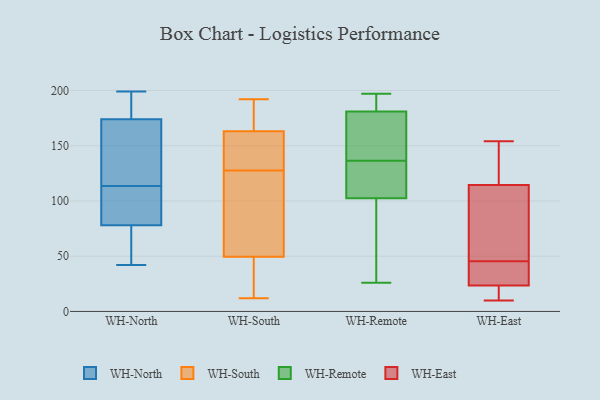
{"axis": {"x": "Churn Rate (%)", "y": "Value"}, "legend": ["WH-East", "WH-North", "WH-Remote", "WH-South"], "data": [{"x": "", "y": 116, "type": "WH-North"}, {"x": "", "y": 199, "type": "WH-North"}, {"x": "", "y": 196, "type": "WH-North"}, {"x": "", "y": 85, "type": "WH-North"}, {"x": "", "y": 111, "type": "WH-North"}, {"x": "", "y": 152, "type": "WH-North"}, {"x": "", "y": 197, "type": "WH-North"}, {"x": "", "y": 61, "type": "WH-North"}, {"x": "", "y": 82, "type": "WH-North"}, {"x": "", "y": 74, "type": "WH-North"}, {"x": "", "y": 147, "type": "WH-North"}, {"x": "", "y": 42, "type": "WH-North"}, {"x": "", "y": 106, "type": "WH-South"}, {"x": "", "y": 12, "type": "WH-South"}, {"x": "", "y": 183, "type": "WH-South"}, {"x": "", "y": 162, "type": "WH-South"}, {"x": "", "y": 124, "type": "WH-South"}, {"x": "", "y": 135, "type": "WH-South"}, {"x": "", "y": 131, "type": "WH-South"}, {"x": "", "y": 31, "type": "WH-South"}, {"x": "", "y": 105, "type": "WH-South"}, {"x": "", "y": 54, "type": "WH-South"}, {"x": "", "y": 121, "type": "WH-South"}, {"x": "", "y": 15, "type": "WH-South"}, {"x": "", "y": 188, "type": "WH-South"}, {"x": "", "y": 186, "type": "WH-South"}, {"x": "", "y": 146, "type": "WH-South"}, {"x": "", "y": 45, "type": "WH-South"}, {"x": "", "y": 192, "type": "WH-South"}, {"x": "", "y": 146, "type": "WH-South"}, {"x": "", "y": 23, "type": "WH-South"}, {"x": "", "y": 164, "type": "WH-South"}, {"x": "", "y": 26, "type": "WH-Remote"}, {"x": "", "y": 109, "type": "WH-Remote"}, {"x": "", "y": 142, "type": "WH-Remote"}, {"x": "", "y": 182, "type": "WH-Remote"}, {"x": "", "y": 107, "type": "WH-Remote"}, {"x": "", "y": 181, "type": "WH-Remote"}, {"x": "", "y": 131, "type": "WH-Remote"}, {"x": "", "y": 130, "type": "WH-Remote"}, {"x": "", "y": 170, "type": "WH-Remote"}, {"x": "", "y": 181, "type": "WH-Remote"}, {"x": "", "y": 197, "type": "WH-Remote"}, {"x": "", "y": 94, "type": "WH-Remote"}, {"x": "", "y": 98, "type": "WH-Remote"}, {"x": "", "y": 50, "type": "WH-Remote"}, {"x": "", "y": 170, "type": "WH-Remote"}, {"x": "", "y": 197, "type": "WH-Remote"}, {"x": "", "y": 154, "type": "WH-East"}, {"x": "", "y": 13, "type": "WH-East"}, {"x": "", "y": 151, "type": "WH-East"}, {"x": "", "y": 143, "type": "WH-East"}, {"x": "", "y": 86, "type": "WH-East"}, {"x": "", "y": 31, "type": "WH-East"}, {"x": "", "y": 32, "type": "WH-East"}, {"x": "", "y": 70, "type": "WH-East"}, {"x": "", "y": 10, "type": "WH-East"}, {"x": "", "y": 56, "type": "WH-East"}, {"x": "", "y": 35, "type": "WH-East"}, {"x": "", "y": 16, "type": "WH-East"}]}